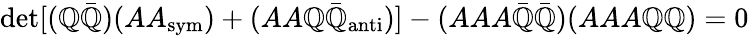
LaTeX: \operatorname*{det}[(\mathbb{Q}{\bar{{\mathbb{Q}}}})(AA_{\mathrm{{sym}}})+(AA\mathbb{Q}{\bar{{\mathbb{Q}}}}_{\mathrm{{anti}}})]-(AAA{\bar{{\mathbb{Q}}}}{\bar{{\mathbb{Q}}}})(AAA\mathbb{Q}\mathbb{Q})=0